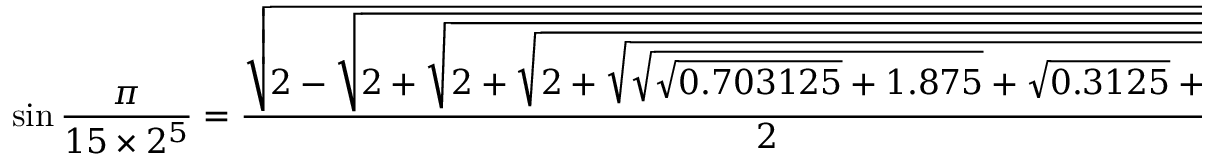
\sin { \frac { \pi } { 1 5 \times 2 ^ { 5 } } } = { \frac { \sqrt { 2 - { \sqrt { 2 + { \sqrt { 2 + { \sqrt { 2 + { \sqrt { { \sqrt { { \sqrt { 0 . 7 0 3 1 2 5 } } + 1 . 8 7 5 } } + { \sqrt { 0 . 3 1 2 5 } } + 1 . 7 5 } } } } } } } } } } { 2 } }